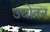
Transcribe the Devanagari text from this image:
उद्योतन